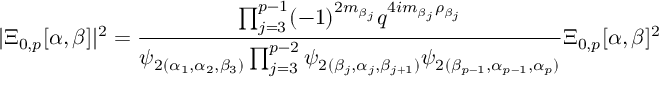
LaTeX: \vert \Xi _ { 0 , p } [ \alpha , \beta ] \vert ^ { 2 } = \frac { \prod _ { j = 3 } ^ { p - 1 } ( - 1 ) ^ { 2 m _ { \beta _ { j } } } q ^ { 4 i m _ { \beta _ { j } } \rho _ { \beta _ { j } } } } { { \psi } _ { 2 } { } _ { ( \alpha _ { 1 } , \alpha _ { 2 } , \beta _ { 3 } ) } \prod _ { j = 3 } ^ { p - 2 } { \psi } _ { 2 } { } _ { ( \beta _ { j } , \alpha _ { j } , \beta _ { j + 1 } ) } { \psi } _ { 2 } { } _ { ( \beta _ { p - 1 } , \alpha _ { p - 1 } , \alpha _ { p } ) } } \Xi _ { 0 , p } [ \alpha , \beta ] ^ { 2 }